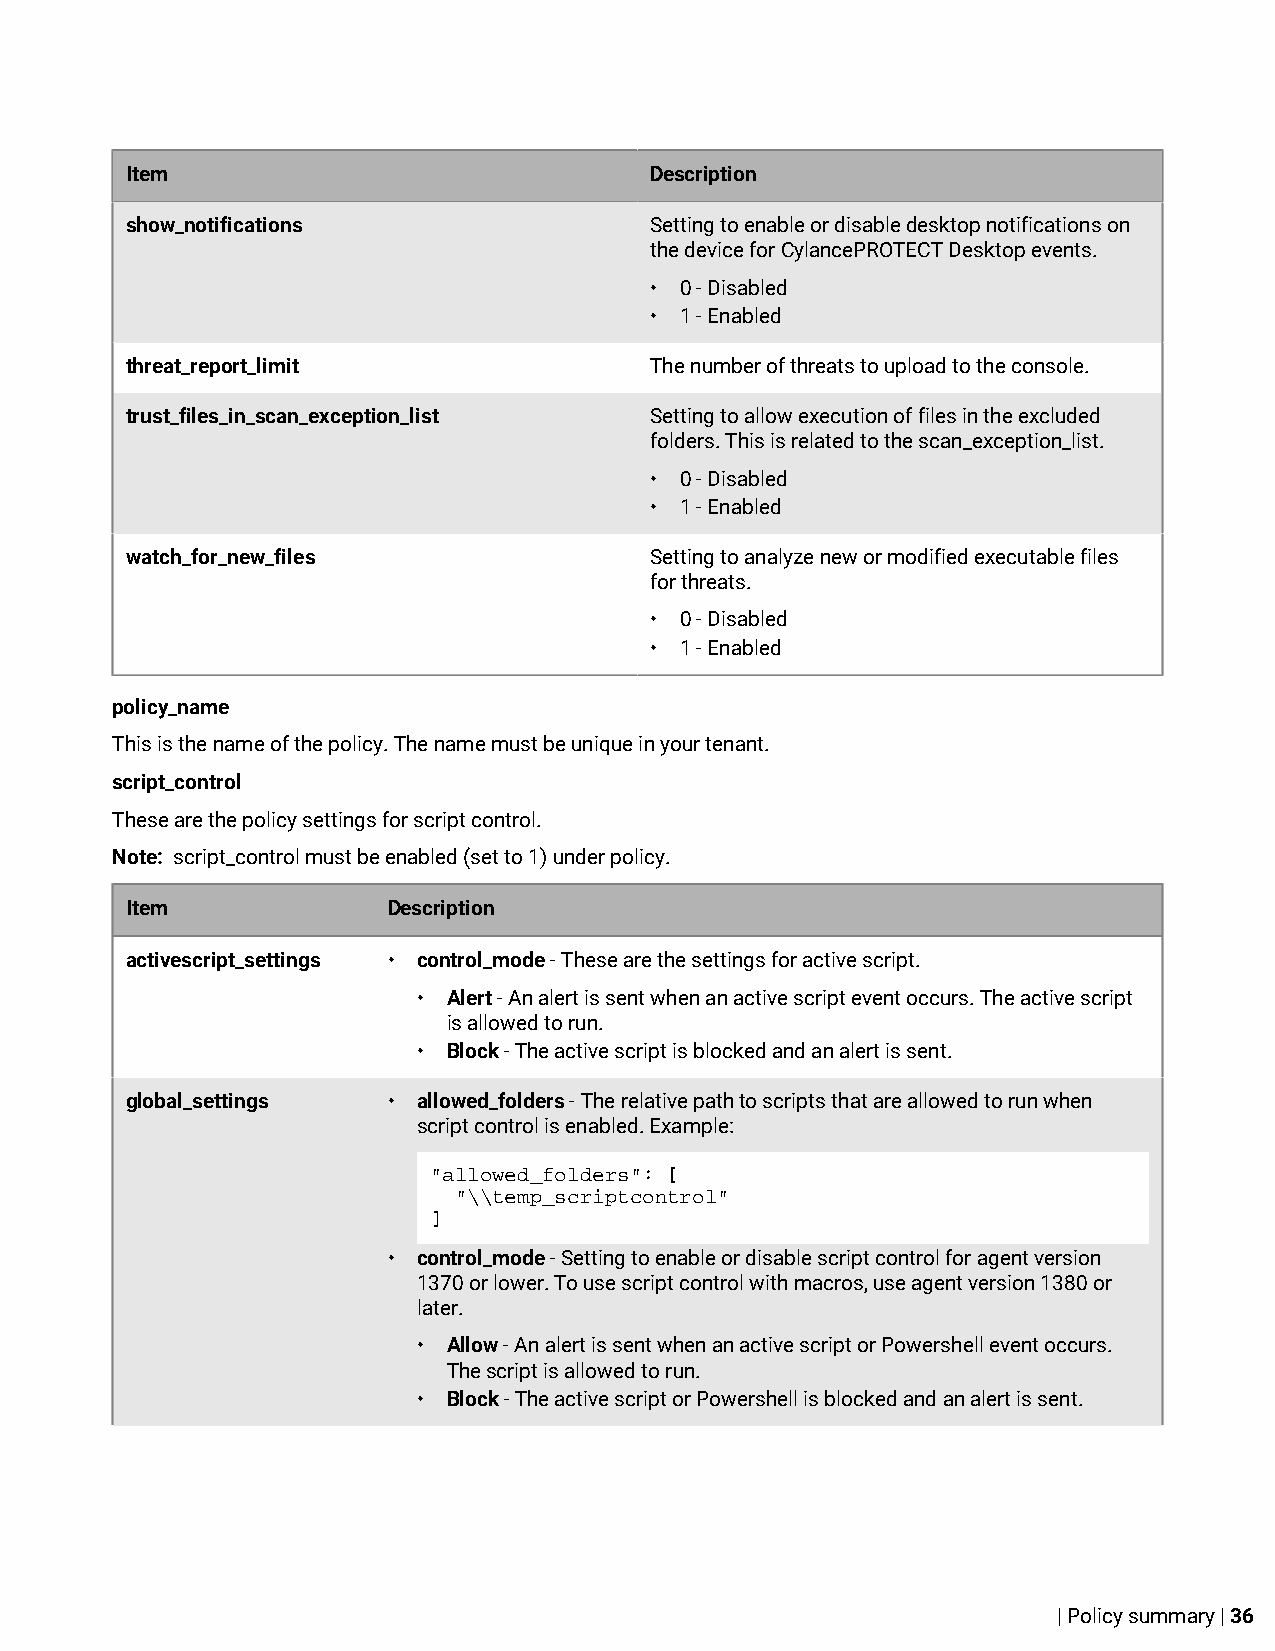
Item                               Description
 show_notifications                 Setting to enable or disable desktop notifications on
 the device for CylancePROTECT Desktop events.
 • 0 - Disabled
 • 1 - Enabled
 threat_report_limit                The number of threats to upload to the console.
 trust_files_in_scan_exception_list Setting to allow execution of files in the excluded
 folders. This is related to the scan_exception_list.
 • 0 - Disabled
 • 1 - Enabled
 watch_for_new_files                Setting to analyze new or modified executable files
 for threats.
 • 0 - Disabled
 • 1 - Enabled
 policy_name
 This is the name of the policy. The name must be unique in your tenant.
 script_control
 These are the policy settings for script control.
 Note: script_control must be enabled (set to 1) under policy.
 Item              Description
 activescript_settings • control_mode - These are the settings for active script.
 • Alert - An alert is sent when an active script event occurs. The active script
 is allowed to run.
 • Block - The active script is blocked and an alert is sent.
 global_settings   • allowed_folders - The relative path to scripts that are allowed to run when
 script control is enabled. Example:
 "allowed_folders": [
 "\\temp_scriptcontrol"
 ]
 • control_mode - Setting to enable or disable script control for agent version
 1370 or lower. To use script control with macros, use agent version 1380 or
 later.
 • Allow - An alert is sent when an active script or Powershell event occurs.
 The script is allowed to run.
 • Block - The active script or Powershell is blocked and an alert is sent.
 | Policy summary | 36